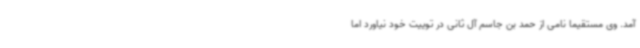
آمد. وی مستقیما نامی از حمد بن جاسم آل ثانی در توییت خود نیاورد اما